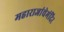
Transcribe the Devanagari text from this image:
महाराजांचेमंदिर